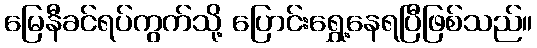
မြေနီခင်ရပ်ကွက်သို့ ပြောင်းရွှေ့နေရပြီဖြစ်သည်။